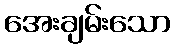
အေးချမ်းသော